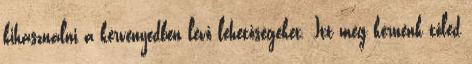
kihasználni a kérvényedben lévő lehetőségeket. Itt még kérnénk tőled